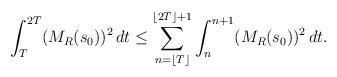
LaTeX: \begin{align*}\int_T^{2T} (M_{R}(s_0))^2 \, dt \leq \sum_{n=\lfloor T \rfloor}^{\lfloor 2T \rfloor+1} \int_n^{n+1} (M_{R}(s_0))^2 \, dt.\end{align*}